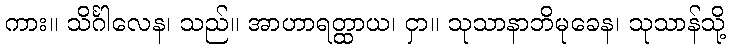
ကား။ သိင်္ဂါလေန၊ သည်။ အာဟာရတ္ထာယ၊ ငှာ။ သုသာနာဘိမုခေန၊ သုသာန်သို့